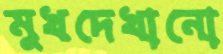
মুখদেখানো